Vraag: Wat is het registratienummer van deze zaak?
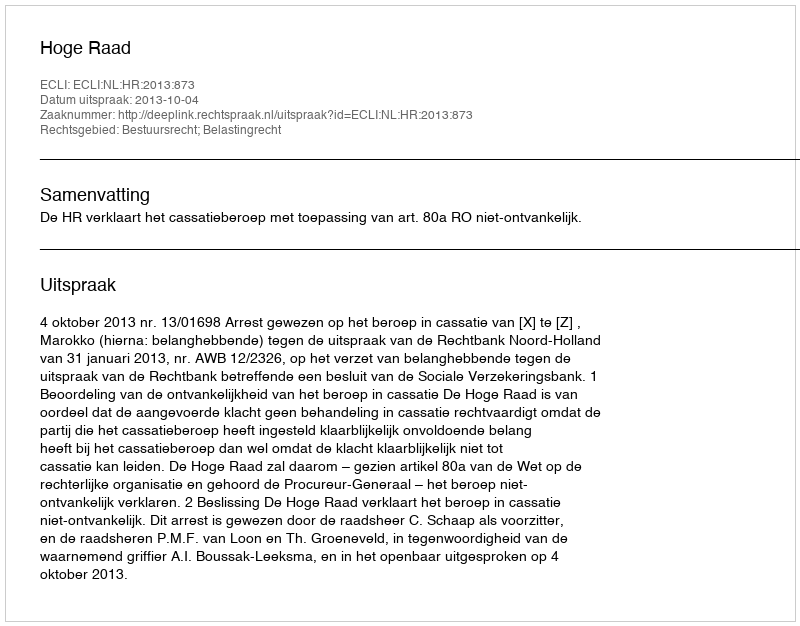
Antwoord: http://deeplink.rechtspraak.nl/uitspraak?id=ECLI:NL:HR:2013:873